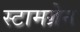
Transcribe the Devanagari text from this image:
स्टामग्रेन